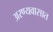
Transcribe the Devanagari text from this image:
अरण्यवासात